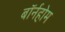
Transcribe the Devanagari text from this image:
बॉर्नहोम